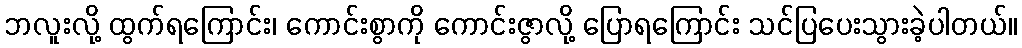
ဘလူးလို့ ထွက်ရကြောင်း၊ ကောင်းစွာကို ကောင်းဇွာလို့ ပြောရကြောင်း သင်ပြပေးသွားခဲ့ပါတယ်။